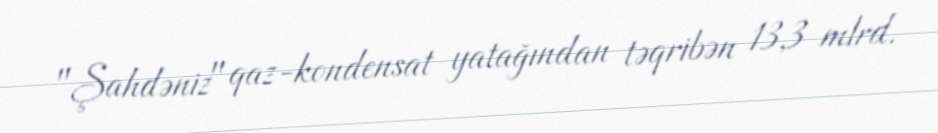
"Şahdəniz" qaz-kondensat yatağından təqribən 13,3 mlrd.